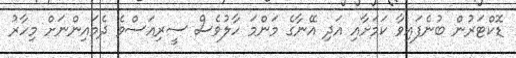
ޑޮކްޓަރުން ބުނެފައިވާ ކަމަށާއި އަދި އޭނާގެ މަންމަ ހާލުވެސް ސީރިއަސްވެ ދެމައިންނަށް މިހާރު